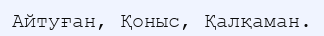
Айтуған, Қоныс, Қалқаман.